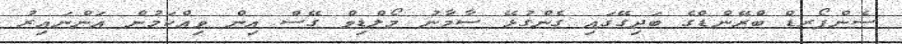
ސެންފޯރޑް ބްރޭންޑްގެ ބަދިގޭގައި ގެންގުޅޭ ސާމާނު މޯލްޑިވް ގޭސް އިން ވިއްކަމުން އަންނައިރު